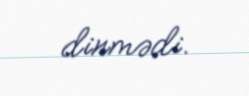
dinmədi.